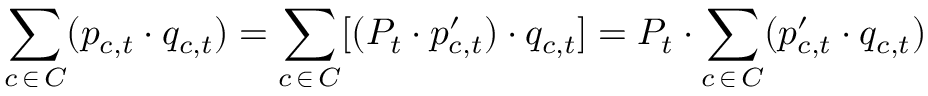
\sum _ { c \, \in \, C } ( p _ { c , t } \cdot q _ { c , t } ) = \sum _ { c \, \in \, C } [ ( P _ { t } \cdot p _ { c , t } ^ { \prime } ) \cdot q _ { c , t } ] = P _ { t } \cdot \sum _ { c \, \in \, C } ( p _ { c , t } ^ { \prime } \cdot q _ { c , t } )